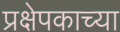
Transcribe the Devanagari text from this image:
प्रक्षेपकाच्या